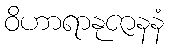
ဝိဟာရာနုဇာနနံ